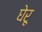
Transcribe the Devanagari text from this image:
घेरू